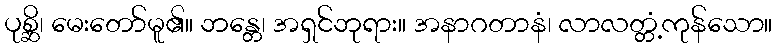
ပုစ္ဆိ၊ မေးတော်မူ၏။ ဘန္တေ၊ အရှင်ဘုရား။ အနာဂတာနံ၊ လာလတ္တံ့ကုန်သော။